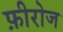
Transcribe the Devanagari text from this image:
फ़ीरोज